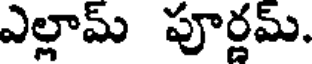
ఎల్లామ్ పూర్ణమ్.